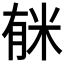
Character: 𱢺